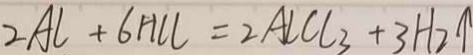
2 A l + 6 H C l = 2 A l C l _ { 3 } + 3 H _ { 2 } \uparrow